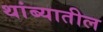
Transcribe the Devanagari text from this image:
थांब्यातील